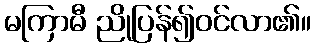
မကြာမီ ညိုပြန်၍ဝင်လာ၏။